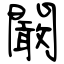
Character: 闞